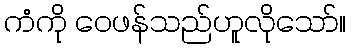
ကံကို ဝေဖန်သည်ဟူလိုသော်။